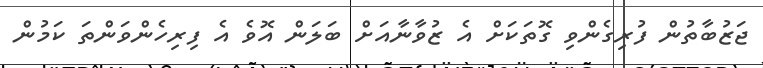
ޖަޒުބާތުން ފުރިގެންވި ގޮތަކަށް އެ ޒުވާނާއަށް ބަލަން އޮވެ އެ ފިރިހެންވަންތަ ކަމުން